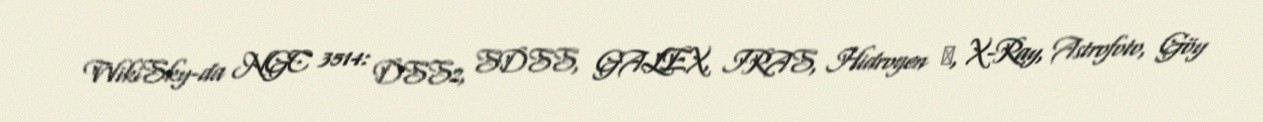
WikiSky-da NGC 3514: DSS2, SDSS, GALEX, IRAS, Hidrogen α, X-Ray, Astrofoto, Göy